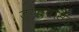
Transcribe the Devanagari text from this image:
जयद्रथसिंह